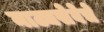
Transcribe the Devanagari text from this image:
नाट्यसेवेचे